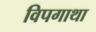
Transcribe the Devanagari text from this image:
विपगाथा